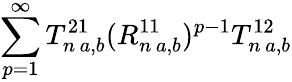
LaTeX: \sum_{p=1}^{\infty}T_{n\, a,b}^{21}(R_{n\, a,b}^{11})^{p-1}T_{n\, a,b}^{12}